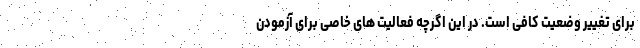
برای تغییر وضعیت کافی است. در این اگرچه فعالیت های خاصی برای آزمودن